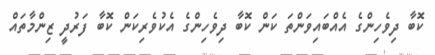
ކޮބާ ދިވެހިންގެ އެއްބައިވަންތަ ކަން ކޮބާ ދިވެހިންގެ އެކުވެރިކަން ކޮބާ ފަރުދީ ޒިންމާތައް